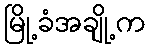
မြို့ခံအချို့က